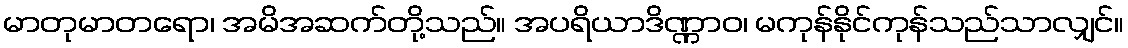
မာတုမာတရော၊ အမိအဆက်တို့သည်။ အပရိယာဒိဏ္ဏာဝ၊ မကုန်နိုင်ကုန်သည်သာလျှင်။